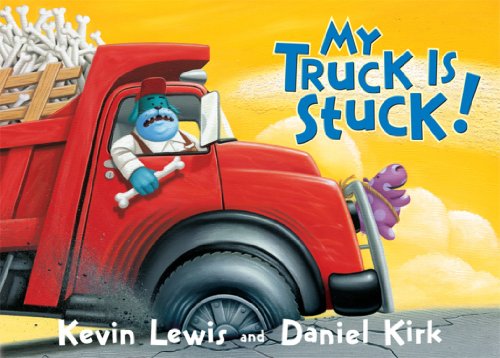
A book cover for My Truck Is Stuck!; Kevin Lewis; Children's Books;